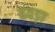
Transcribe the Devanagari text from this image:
हवड़ा